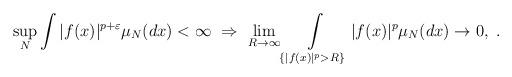
LaTeX: \begin{align*} \sup_N \int |f(x)|^{p + \varepsilon} \mu_N(dx) < \infty \ \Rightarrow\ \lim_{R\to \infty} \int\limits_{\{|f(x)|^p > R\}} |f(x)|^{p} \mu_N(dx) \to 0, \ .\end{align*}